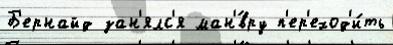
Б'ернайд зан'ялс'я ман'́вру п'ер'еход'и́ть